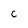
Character: c